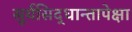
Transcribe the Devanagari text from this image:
सूर्यसिद्धान्तापेक्षा